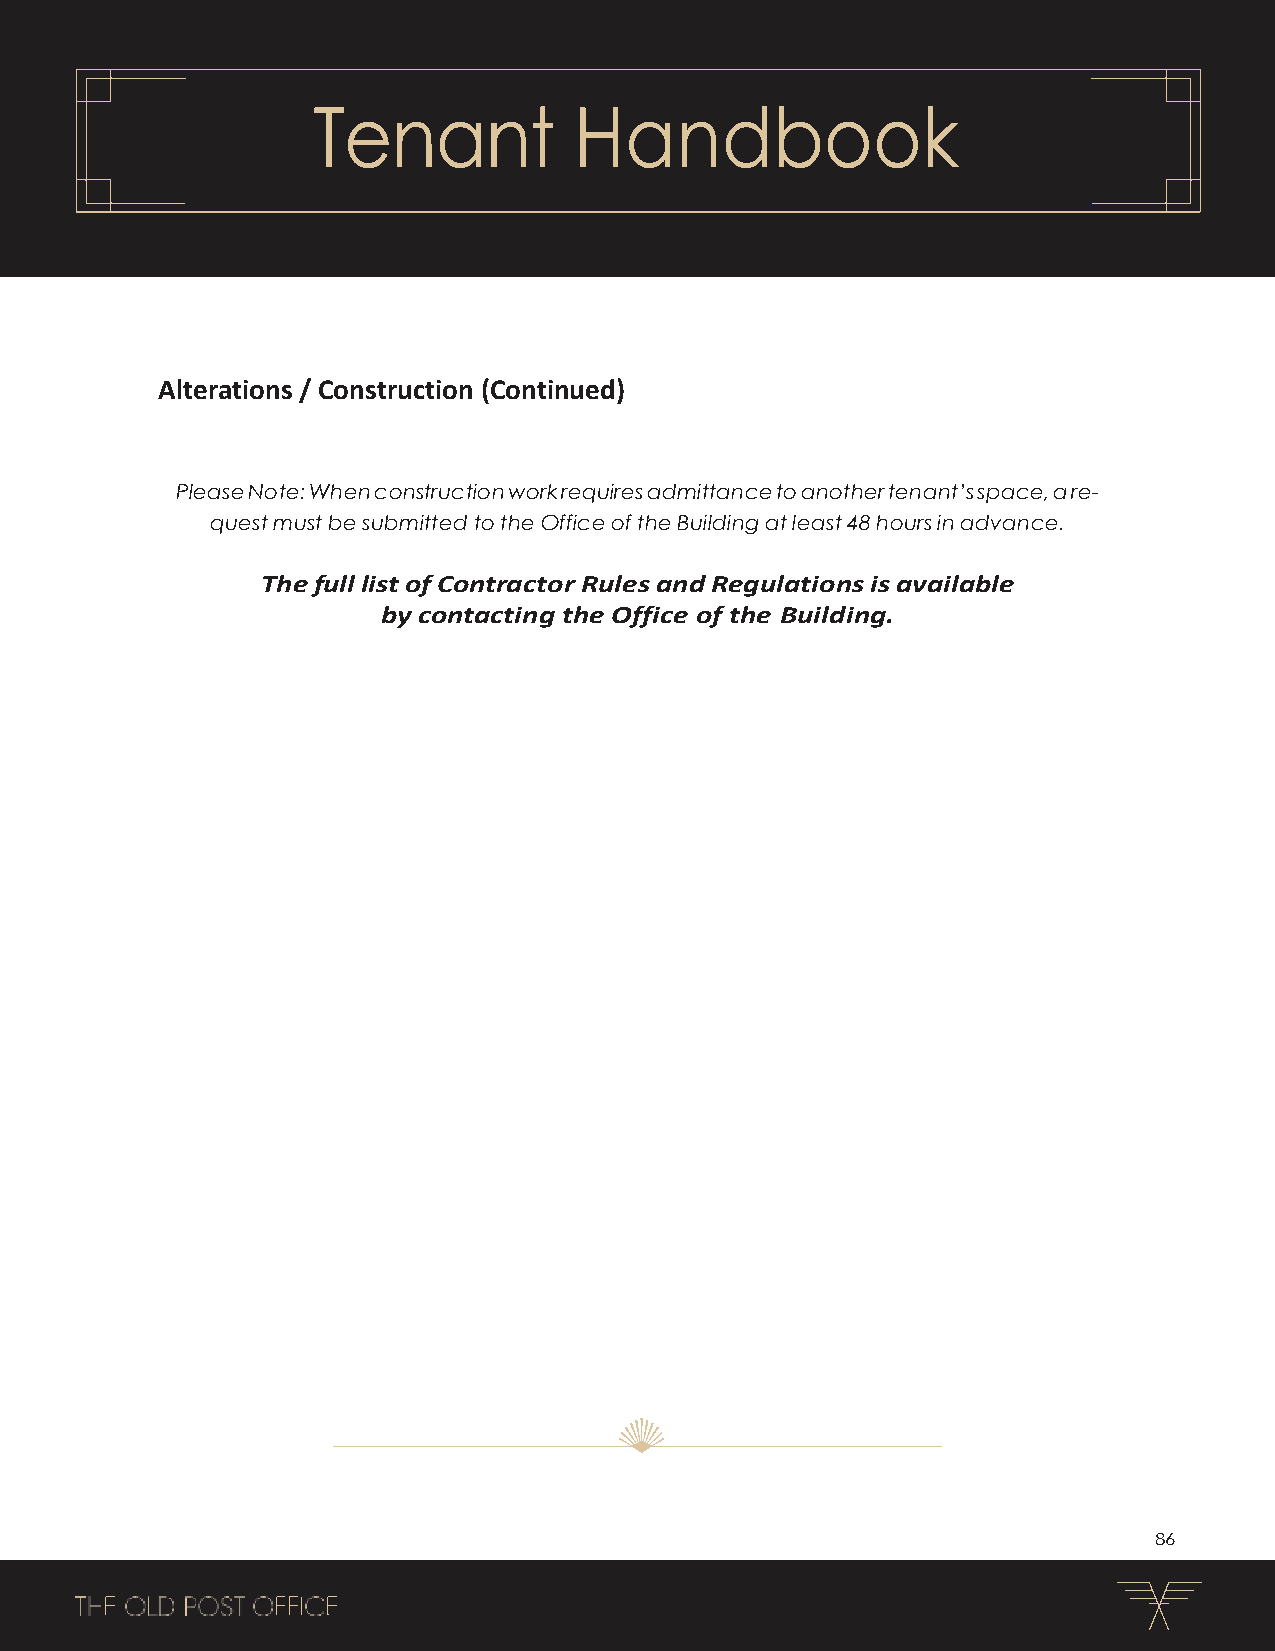
Tenant           Handbook
 Alterations / Construction (Continued)
 Please Note: When construction work requires admittance to another tenant’s space, a re-
 quest must be submitted to the Office of the Building at least 48 hours in advance.
 The full list of Contractor Rules and Regulations is available
 by contacting the Office of the Building.
 86